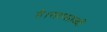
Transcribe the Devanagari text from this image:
है।सहस्राब्दी